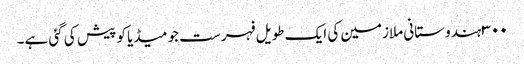
٣٠٠ ہندوستانی ملازمین کی ایک طویل فہرست جو میڈیا کو پیش کی گئی ہے۔